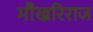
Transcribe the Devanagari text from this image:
मौखरिराज